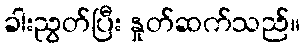
ခါးညွတ်ပြီး နှုတ်ဆက်သည်။